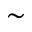
\sim